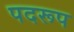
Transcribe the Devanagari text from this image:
पदरूप